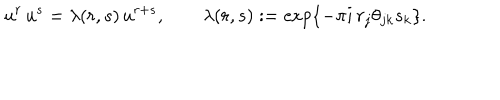
u ^ { r } \, u ^ { s } = \lambda ( r , s ) \, u ^ { r + s } , \qquad \lambda ( r , s ) : = \exp \{ - \pi i \, r _ { j } \theta _ { j k } s _ { k } \} .